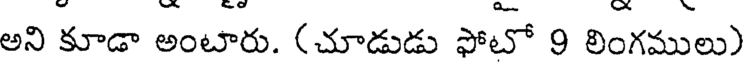
అని కూడా అంటారు. (చూడుడు ఫోటో 9 లింగములు)